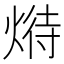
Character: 𤋵